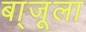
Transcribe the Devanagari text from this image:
बा्जूला